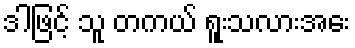
ဒါဖြင့် သူ တကယ် ရူးသလားအေး